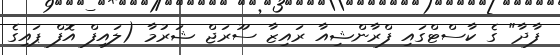
ފާދާ" ގެ ކާސްޓްގައި ފްރާންޝިއާ ރައިޒާ ސޫރަޖް ޝަރުމާ (ލައިފް އޮފް ޕައިގެ